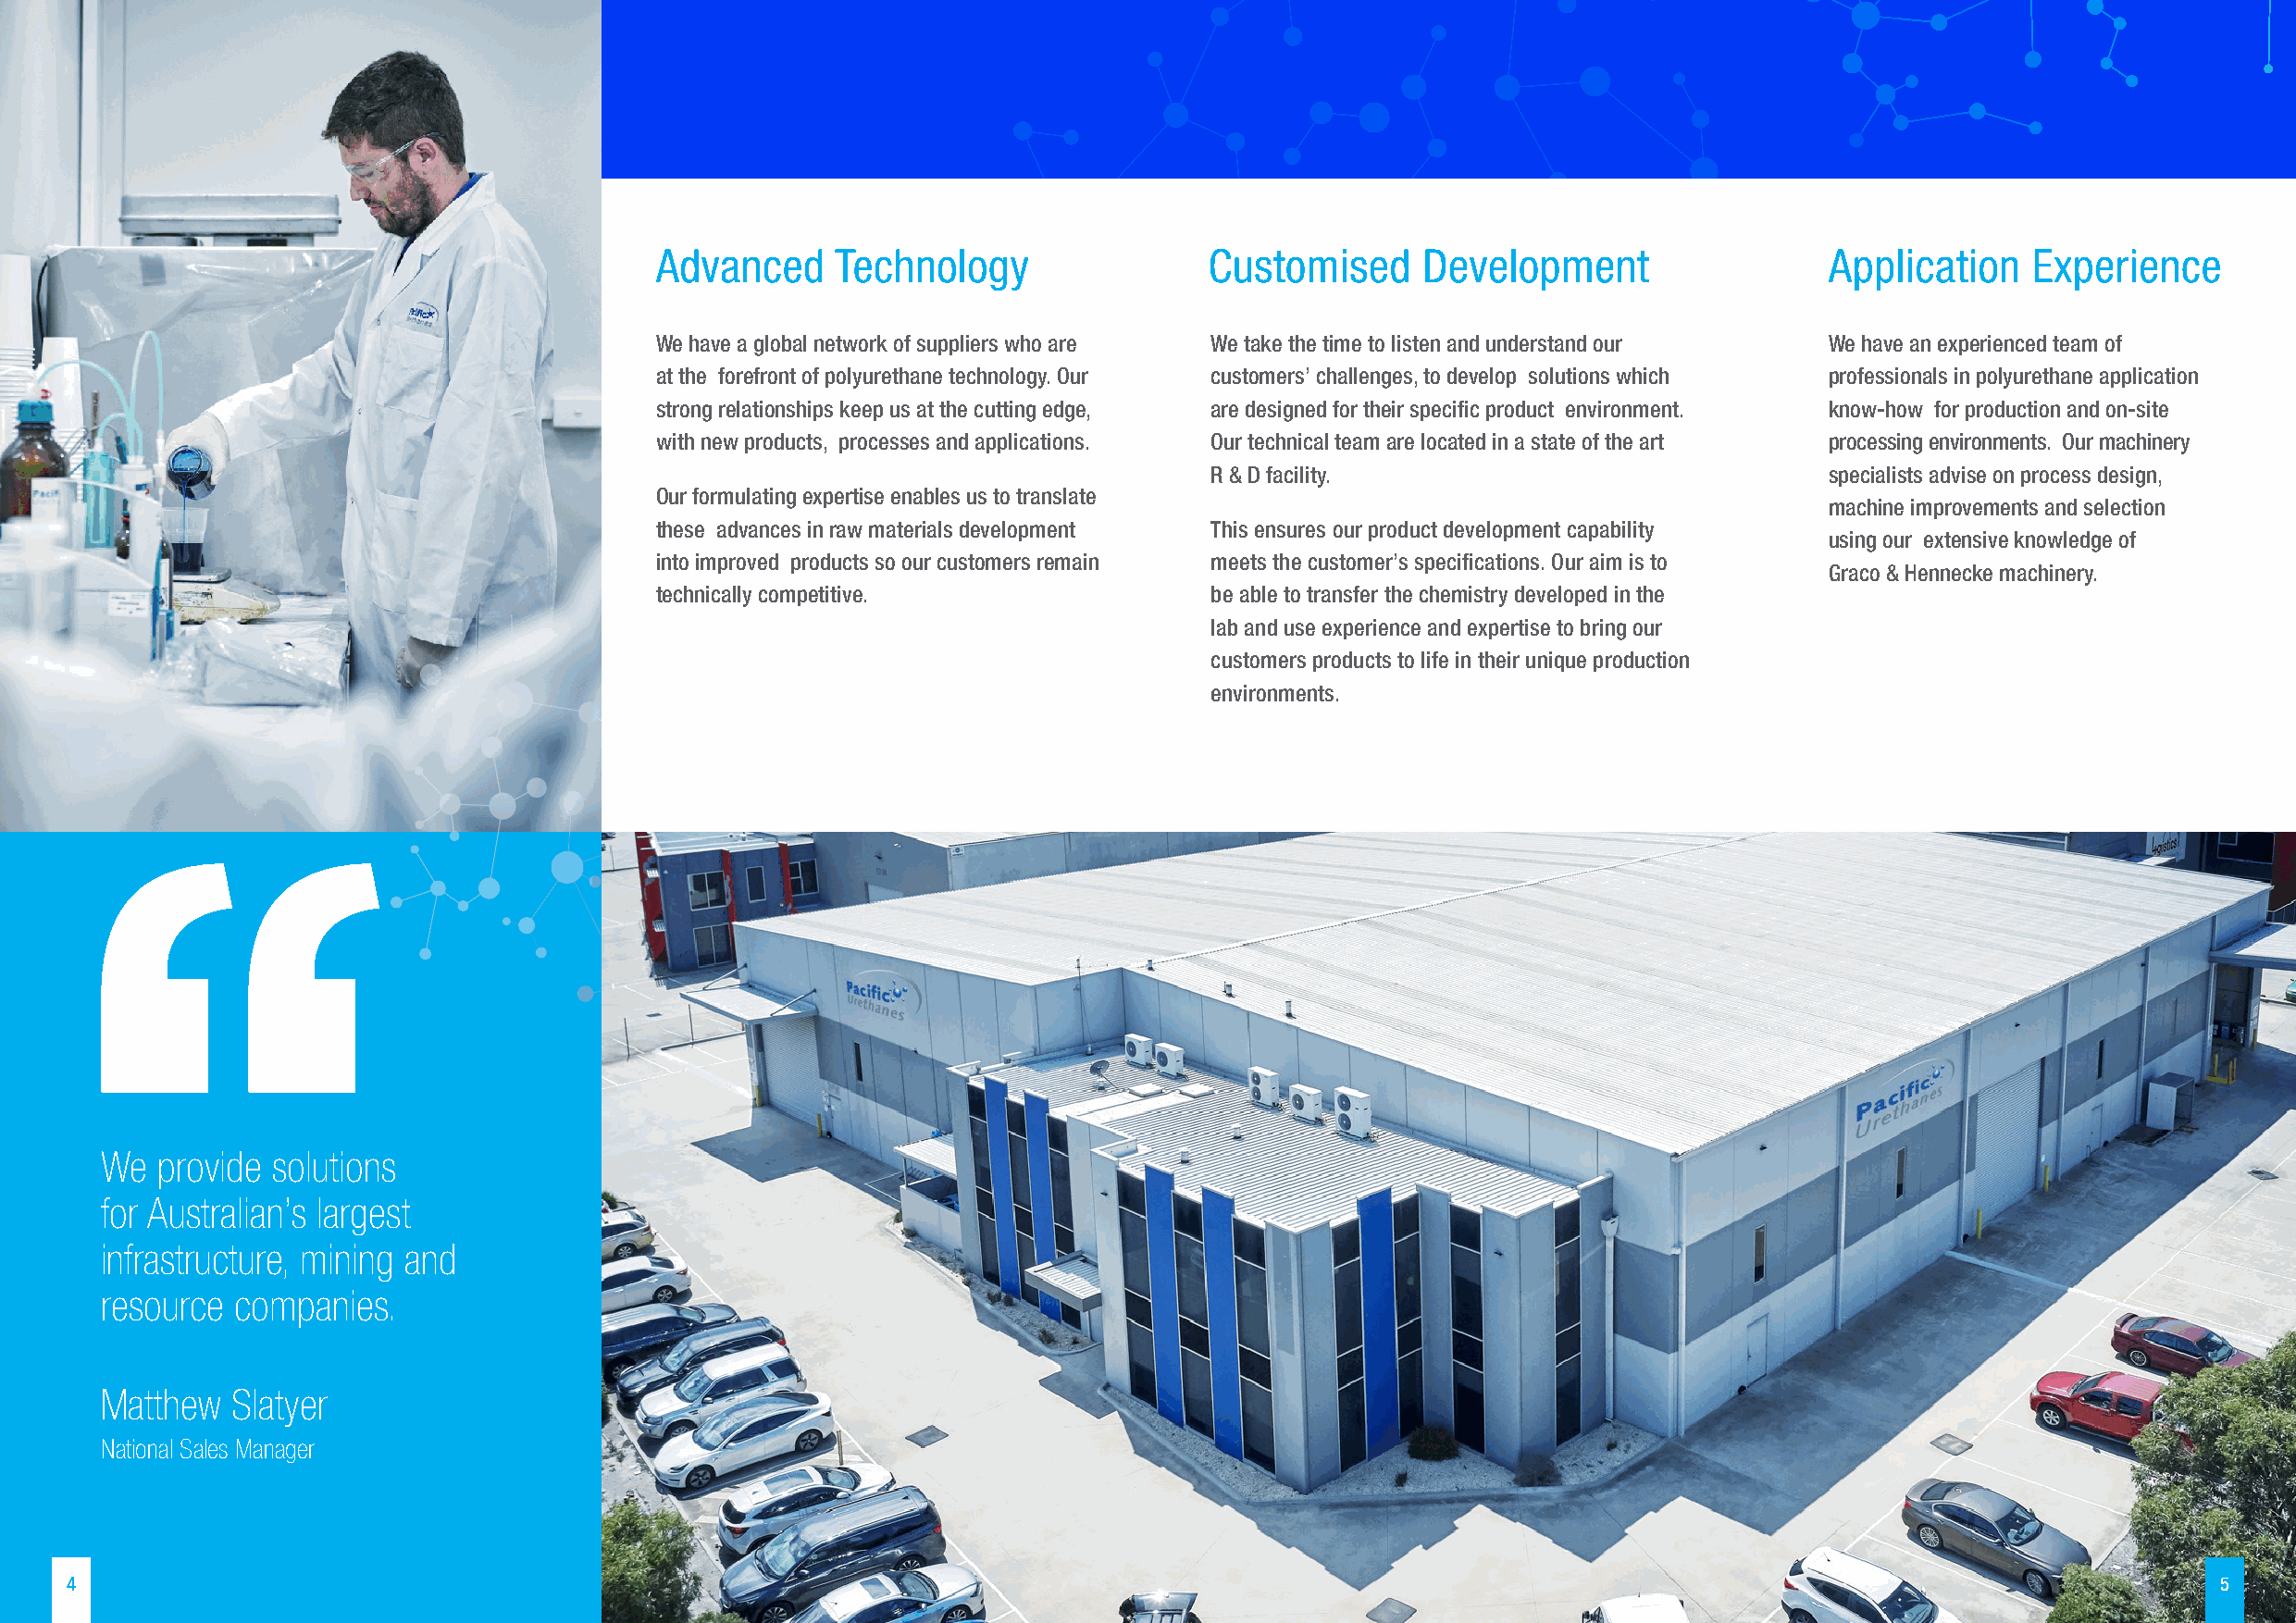
-
 H
 H H
 H       N     I  I
 I                   I
 I  I
 C
 H H
 I
 H
 N=C=O
 O
 H H
 I  I
 -N
 I                               I          I  I
 H          H H
 H
 N
 =
 H H
 C
 I I
 =
 HO-C-C-OH
 O
 I I
 H   H
 H H
 I    I
 HO-C-C-OH
 I   I
 H   H
 =
 H
 I
 C
 I
 H
 Advanced     Technology                Customised      Development                  Application   Experience
 O
 H H
 I I                                            We have a global network of suppliers who are We take the time to listen and understand our We have an experienced team of
 at the forefront of polyurethane technology. Our customers’ challenges, to develop solutions which professionals in polyurethane application
 N-C-O-O-C-C-OH
 strong relationships keep us at the cutting edge, are designed for their specific product environment. know-how for production and on-site
 with new products, processes and applications. Our technical team are located in a state of the art processing environments. Our machinery
 I I I
 R & D facility.                             specialists advise on process design,
 H H H                                          Our formulating expertise enables us to translate
 machine improvements and selection
 these advances in raw materials development This ensures our product development capability
 using our extensive knowledge of
 into improved products so our customers remain meets the customer’s specifications. Our aim is to
 Graco & Hennecke machinery.
 technically competitive.                be able to transfer the chemistry developed in the
 lab and use experience and expertise to bring our
 customers products to life in their unique production
 environments.
 We  provide  solutions
 for Australian’s largest
 infrastructure, mining and
 resource  companies.
 Matthew   Slatyer
 National Sales Manager
 4                                                                                                                                                         5
 =
 H
 I
 N
 -
 =
 H
 I
 N
 -
 H
 H
 H
 H
 I
 I
 I
 I
 C
 O-C-C-OH
 I
 I
 I
 =
 H
 H
 H
 H
 H
 O
 I
 I
 HO-C-C-OH
 I
 I
 H
 H